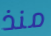
منذ